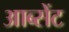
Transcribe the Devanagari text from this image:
आब्सेंट